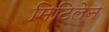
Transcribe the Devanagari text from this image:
मिटिलेन